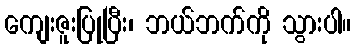
ကျေးဇူးပြုပြီး၊ ဘယ်ဘက်ကို သွားပါ။